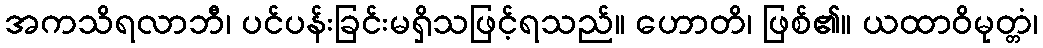
အကသိရလာဘီ၊ ပင်ပန်းခြင်းမရှိသဖြင့်ရသည်။ ဟောတိ၊ ဖြစ်၏။ ယထာဝိမုတ္တံ၊